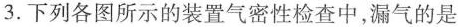
3.下列各图所示的装置气密性检查中，漏气的是